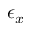
\epsilon _ { x }